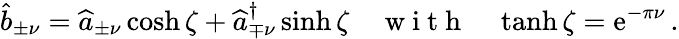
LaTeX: \widehat{b}_{\pm\nu}=\widehat{a}_{\pm\nu}\cosh\zeta+\widehat{a}_{\mp\nu}^{\dagger}\sinh\zeta\quad\mathrm{~w~i~t~h~}\quad\operatorname{tanh}\zeta=\mathrm{e}^{-\pi\nu}\, .